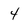
Character: 4